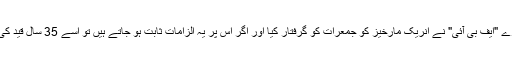
وفاقی تحقیقاتی ادارے "ایف بی آئی" نے انریک مارخیز کو جمعرات کو گرفتار کیا اور اگر اس پر یہ الزامات ثابت ہو جاتے ہیں تو اسے 35 سال قید کی سزا ہو سکتی ہے۔